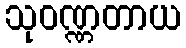
သုဝဏ္ဏတာယ